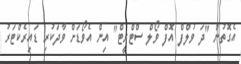
އެގޮތުން "ދަ ވުލްފް އޮފް ވޯލް ސްޓްރީޓް" އިން އެވޯޑަށް ވާދަކުރި ޑައިރެކްޓަރު